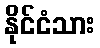
နိုင်ငံသား